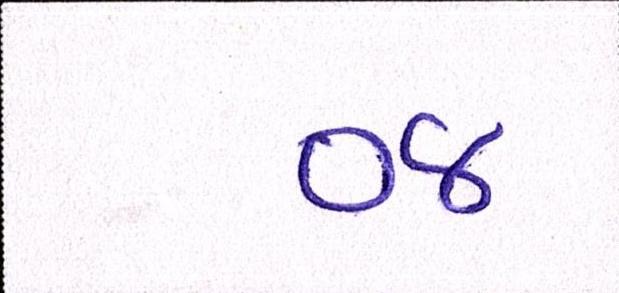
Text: ૦૪